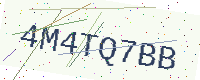
Text: 4M4TQ7BB